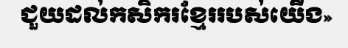
ជួយដល់កសិករខ្មែររបស់យើង»